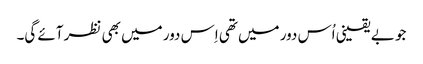
جو بے یقینی اُس دور میں تھی اِس دور میں بھی نظر آئے گی۔